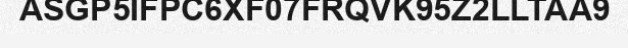
ASGP5IFPC6XF07FRQVK95Z2LLTAA9